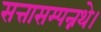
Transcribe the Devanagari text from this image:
सत्तासम्पन्नथे।